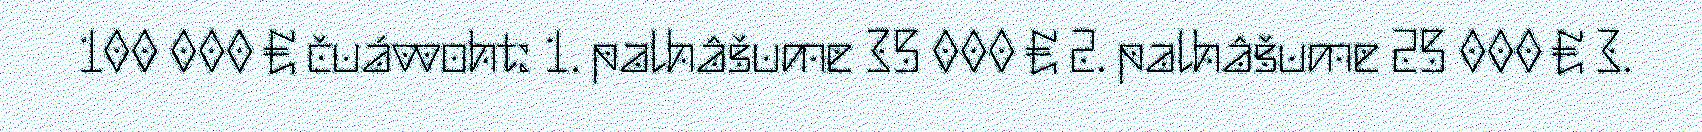
100 000 € čuávvoht: 1. palhâšume 35 000 € 2. palhâšume 25 000 € 3.